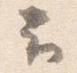
云